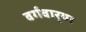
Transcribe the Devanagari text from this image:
वर्गवार्‍या